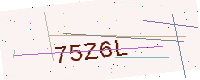
Text: 75Z6L